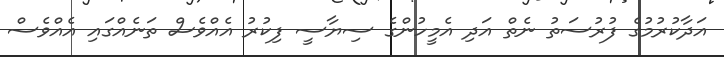
އަދާކުރުމުގެ ފުރުސަތު ނެތް އަދި އެމީހުންގެ ސިޔާސީ ފިކުރު އެއްވެސް ތަނެއްގައި އެއްވެސް